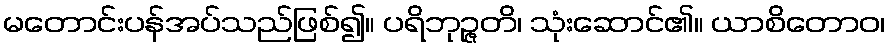
မတောင်းပန်အပ်သည်ဖြစ်၍။ ပရိဘုဉ္ဇတိ၊ သုံးဆောင်၏။ ယာစိတောဝ၊